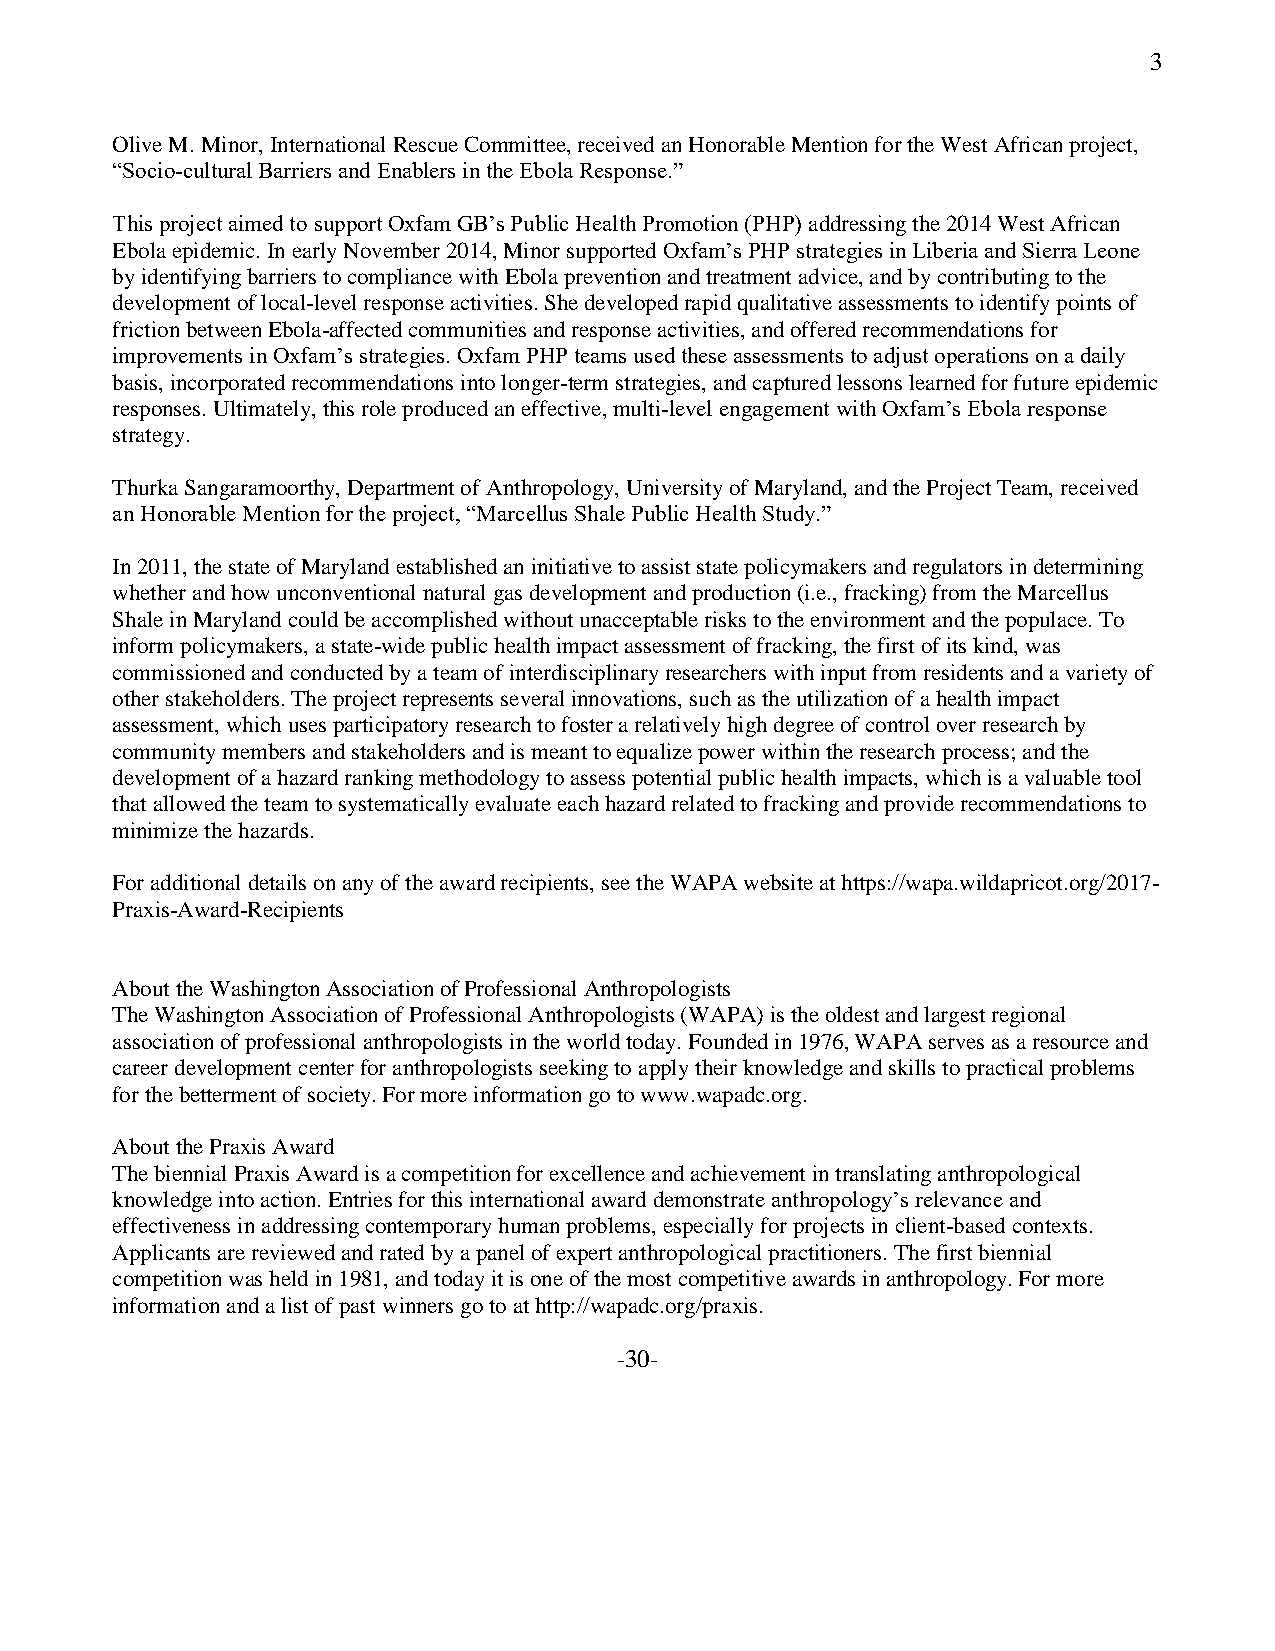
3
 Olive M. Minor, International Rescue Committee, received an Honorable Mention for the West African project,
 “Socio-cultural Barriers and Enablers in the Ebola Response.”
 This project aimed to support Oxfam GB’s Public Health Promotion (PHP) addressing the 2014 West African
 Ebola epidemic. In early November 2014, Minor supported Oxfam’s PHP strategies in Liberia and Sierra Leone
 by identifying barriers to compliance with Ebola prevention and treatment advice, and by contributing to the
 development of local-level response activities. She developed rapid qualitative assessments to identify points of
 friction between Ebola-affected communities and response activities, and offered recommendations for
 improvements in Oxfam’s strategies. Oxfam PHP teams used these assessments to adjust operations on a daily
 basis, incorporated recommendations into longer-term strategies, and captured lessons learned for future epidemic
 responses. Ultimately, this role produced an effective, multi-level engagement with Oxfam’s Ebola response
 strategy.
 Thurka Sangaramoorthy, Department of Anthropology, University of Maryland, and the Project Team, received
 an Honorable Mention for the project, “Marcellus Shale Public Health Study.”
 In 2011, the state of Maryland established an initiative to assist state policymakers and regulators in determining
 whether and how unconventional natural gas development and production (i.e., fracking) from the Marcellus
 Shale in Maryland could be accomplished without unacceptable risks to the environment and the populace. To
 inform policymakers, a state-wide public health impact assessment of fracking, the first of its kind, was
 commissioned and conducted by a team of interdisciplinary researchers with input from residents and a variety of
 other stakeholders. The project represents several innovations, such as the utilization of a health impact
 assessment, which uses participatory research to foster a relatively high degree of control over research by
 community members and stakeholders and is meant to equalize power within the research process; and the
 development of a hazard ranking methodology to assess potential public health impacts, which is a valuable tool
 that allowed the team to systematically evaluate each hazard related to fracking and provide recommendations to
 minimize the hazards.
 For additional details on any of the award recipients, see the WAPA website at https://wapa.wildapricot.org/2017-
 Praxis-Award-Recipients
 About the Washington Association of Professional Anthropologists
 The Washington Association of Professional Anthropologists (WAPA) is the oldest and largest regional
 association of professional anthropologists in the world today. Founded in 1976, WAPA serves as a resource and
 career development center for anthropologists seeking to apply their knowledge and skills to practical problems
 for the betterment of society. For more information go to www.wapadc.org.
 About the Praxis Award
 The biennial Praxis Award is a competition for excellence and achievement in translating anthropological
 knowledge into action. Entries for this international award demonstrate anthropology’s relevance and
 effectiveness in addressing contemporary human problems, especially for projects in client-based contexts.
 Applicants are reviewed and rated by a panel of expert anthropological practitioners. The first biennial
 competition was held in 1981, and today it is one of the most competitive awards in anthropology. For more
 information and a list of past winners go to at http://wapadc.org/praxis.
 -30-